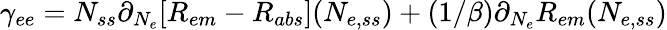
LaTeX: \gamma_{ee}=N_{ss}\partial_{N_{e}}[R_{em}-R_{abs}](N_{e,ss})+(1/\beta)\partial_{N_{e}}R_{em}(N_{e,ss})